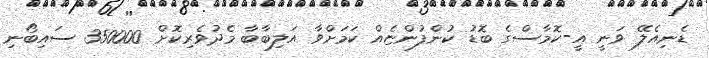
ޑެނިއެލޭ ވަނީ އީ-ކޮމާސްގެ ބޮޑު ކުންފުންޏެއް ކަމަށްވާ އަލިބާބާ މެދުވެރިކޮށް 350000 ސައިބޯނި